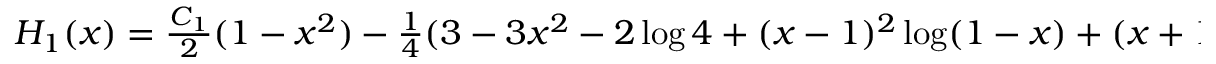
\begin{array} { r } { H _ { 1 } ( x ) = \frac { C _ { 1 } } { 2 } ( 1 - x ^ { 2 } ) - \frac 1 4 ( 3 - 3 x ^ { 2 } - 2 \log 4 + ( x - 1 ) ^ { 2 } \log ( 1 - x ) + ( x + 1 ) ^ { 2 } \log ( 1 + x ) ) . } \end{array}